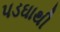
પડઘાથી